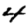
Digit: 4